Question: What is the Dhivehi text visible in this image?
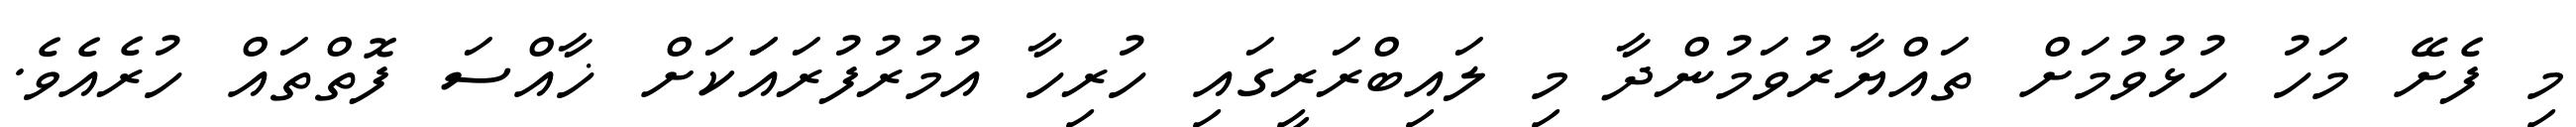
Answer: މި ފެށޭ މަހު ހުޅުވުމަށް ތައްޔާރުވަމުންދާ މި ލައިބްރަރީގައި ހުރިހާ އުމުރުފުރައަަކަށް ޚާއްސަ ފޮތްތައް ހުރެއެވެ.